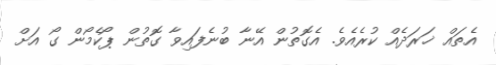
އެތައް ޚަރަދެއް ކުރެއެވެ. އެގޮތުން އޭނާ ބުނެފައިވާ ގޮތުން ޕޯކެމޯން ގޯ އަށް